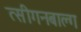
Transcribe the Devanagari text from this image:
त्सीगनबाल्ग